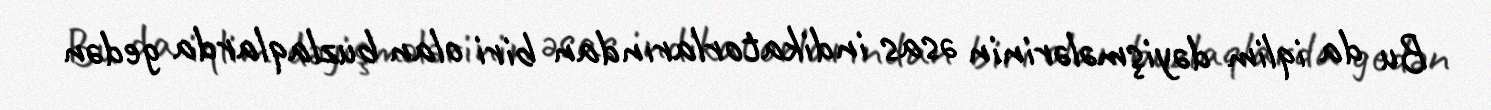
Bu da iqlim dəyişmələrinin əsas indikatorlarından biri olan buzlaqlarda gedən